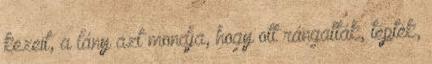
kezeit, a lány azt mondja, hogy ott rángatták, tépték,